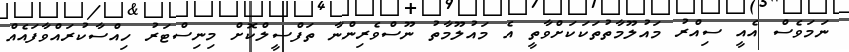
ނަމަވެސް އެއީ ސިއްރު މައުލޫމާތުތަކަކަށްވާތީ އެ މައުލޫމާތު ނޫސްވެރިންނާ ތަފްސީލްކޮށް މިނިސްޓަރު ހިއްސާކުރައްވާފައެއް